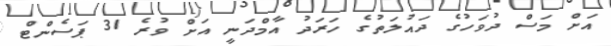
އަށް މަސް ދުވަހުގެ ދައުލަތުގެ ހަރަދު އާމްދަނީ އަށް ވުރެ 31 ޕަސެންޓް